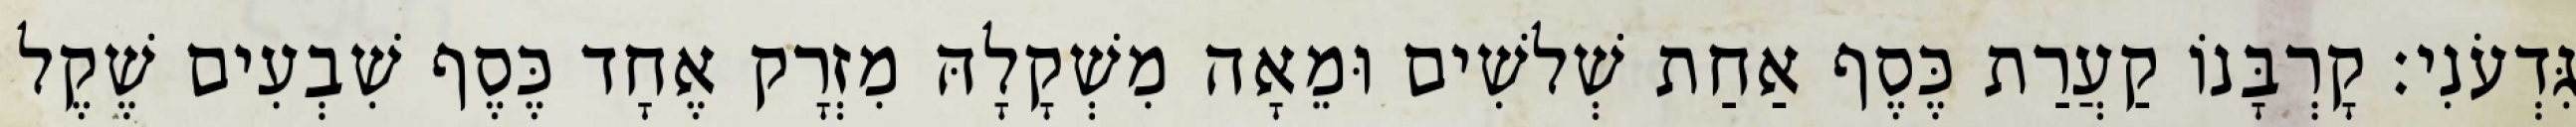
גִּדְעֹנִי׃ קָרְבָּנוֹ קַעֲרַת כֶּסֶף אַחַת שְׁלשִׁים וּמֵאָה מִשְׁקָלָהּ מִזְרָק אֶחָד כֶּסֶף שִׁבְעִים שֶׁקֶל